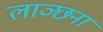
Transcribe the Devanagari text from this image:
लाञ्छना